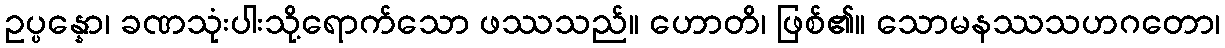
ဥပ္ပန္နော၊ ခဏသုံးပါးသို့ရောက်သော ဖဿသည်။ ဟောတိ၊ ဖြစ်၏။ သောမနဿသဟဂတော၊